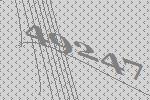
49247